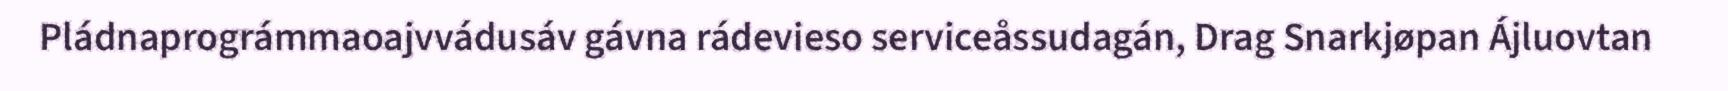
Pládnaprográmmaoajvvádusáv gávna rádevieso serviceåssudagán, Drag Snarkjøpan Ájluovtan